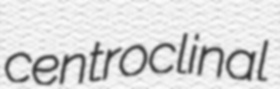
centroclinal